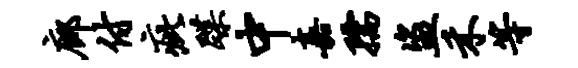
廊付疵蹀中嘉孺盗禾等